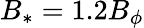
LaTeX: B_{*}=1.2B_{\phi}